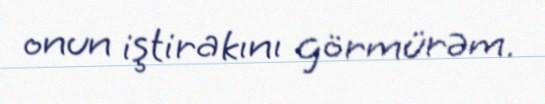
onun iştirakını görmürəm.